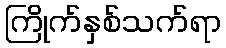
ကြိုက်နှစ်သက်ရာ